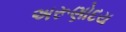
અરૂણોદય